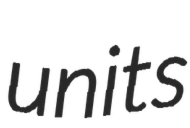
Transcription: units